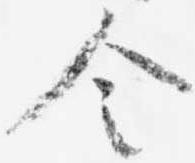
令